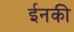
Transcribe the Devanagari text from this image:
ईनकी